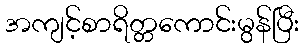
အကျင့်စာရိတ္တကောင်းမွန်ပြီး